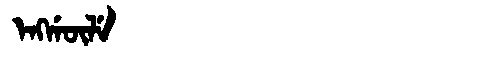
Manchu: ᡝᠩᡤᡡᠯᡝ
Romanization: ENGGŪLE